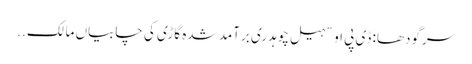
سرگودھا: ڈی پی او سہیل چوہدری برآمد شدہ گاڑی کی چابیاں مالک ..